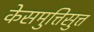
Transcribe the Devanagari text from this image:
केसमुत्तिसुत्त